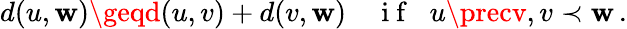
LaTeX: d(u,\mathbf{w})\geqd(u,v)+d(v,\mathbf{w})\quad\mathrm{{~i~f~}}\; \; u\precv,v\prec\mathbf{w}\, .